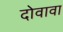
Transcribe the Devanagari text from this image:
दोवावा